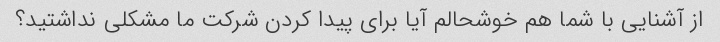
از آشنایی با شما هم خوشحالم آیا برای پیدا کردن شرکت ما مشکلی نداشتید؟